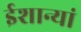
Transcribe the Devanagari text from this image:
ईशान्यां